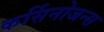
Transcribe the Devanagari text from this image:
कर्सिनोजन्स